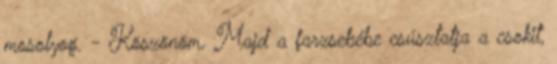
mosolyog. - Köszönöm. Majd a farzsebébe csúsztatja a csokit,